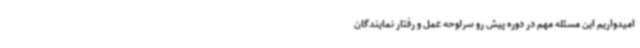
امیدواریم این مسئله مهم در دوره پیش رو سرلوحه عمل و رفتار نمایندگان